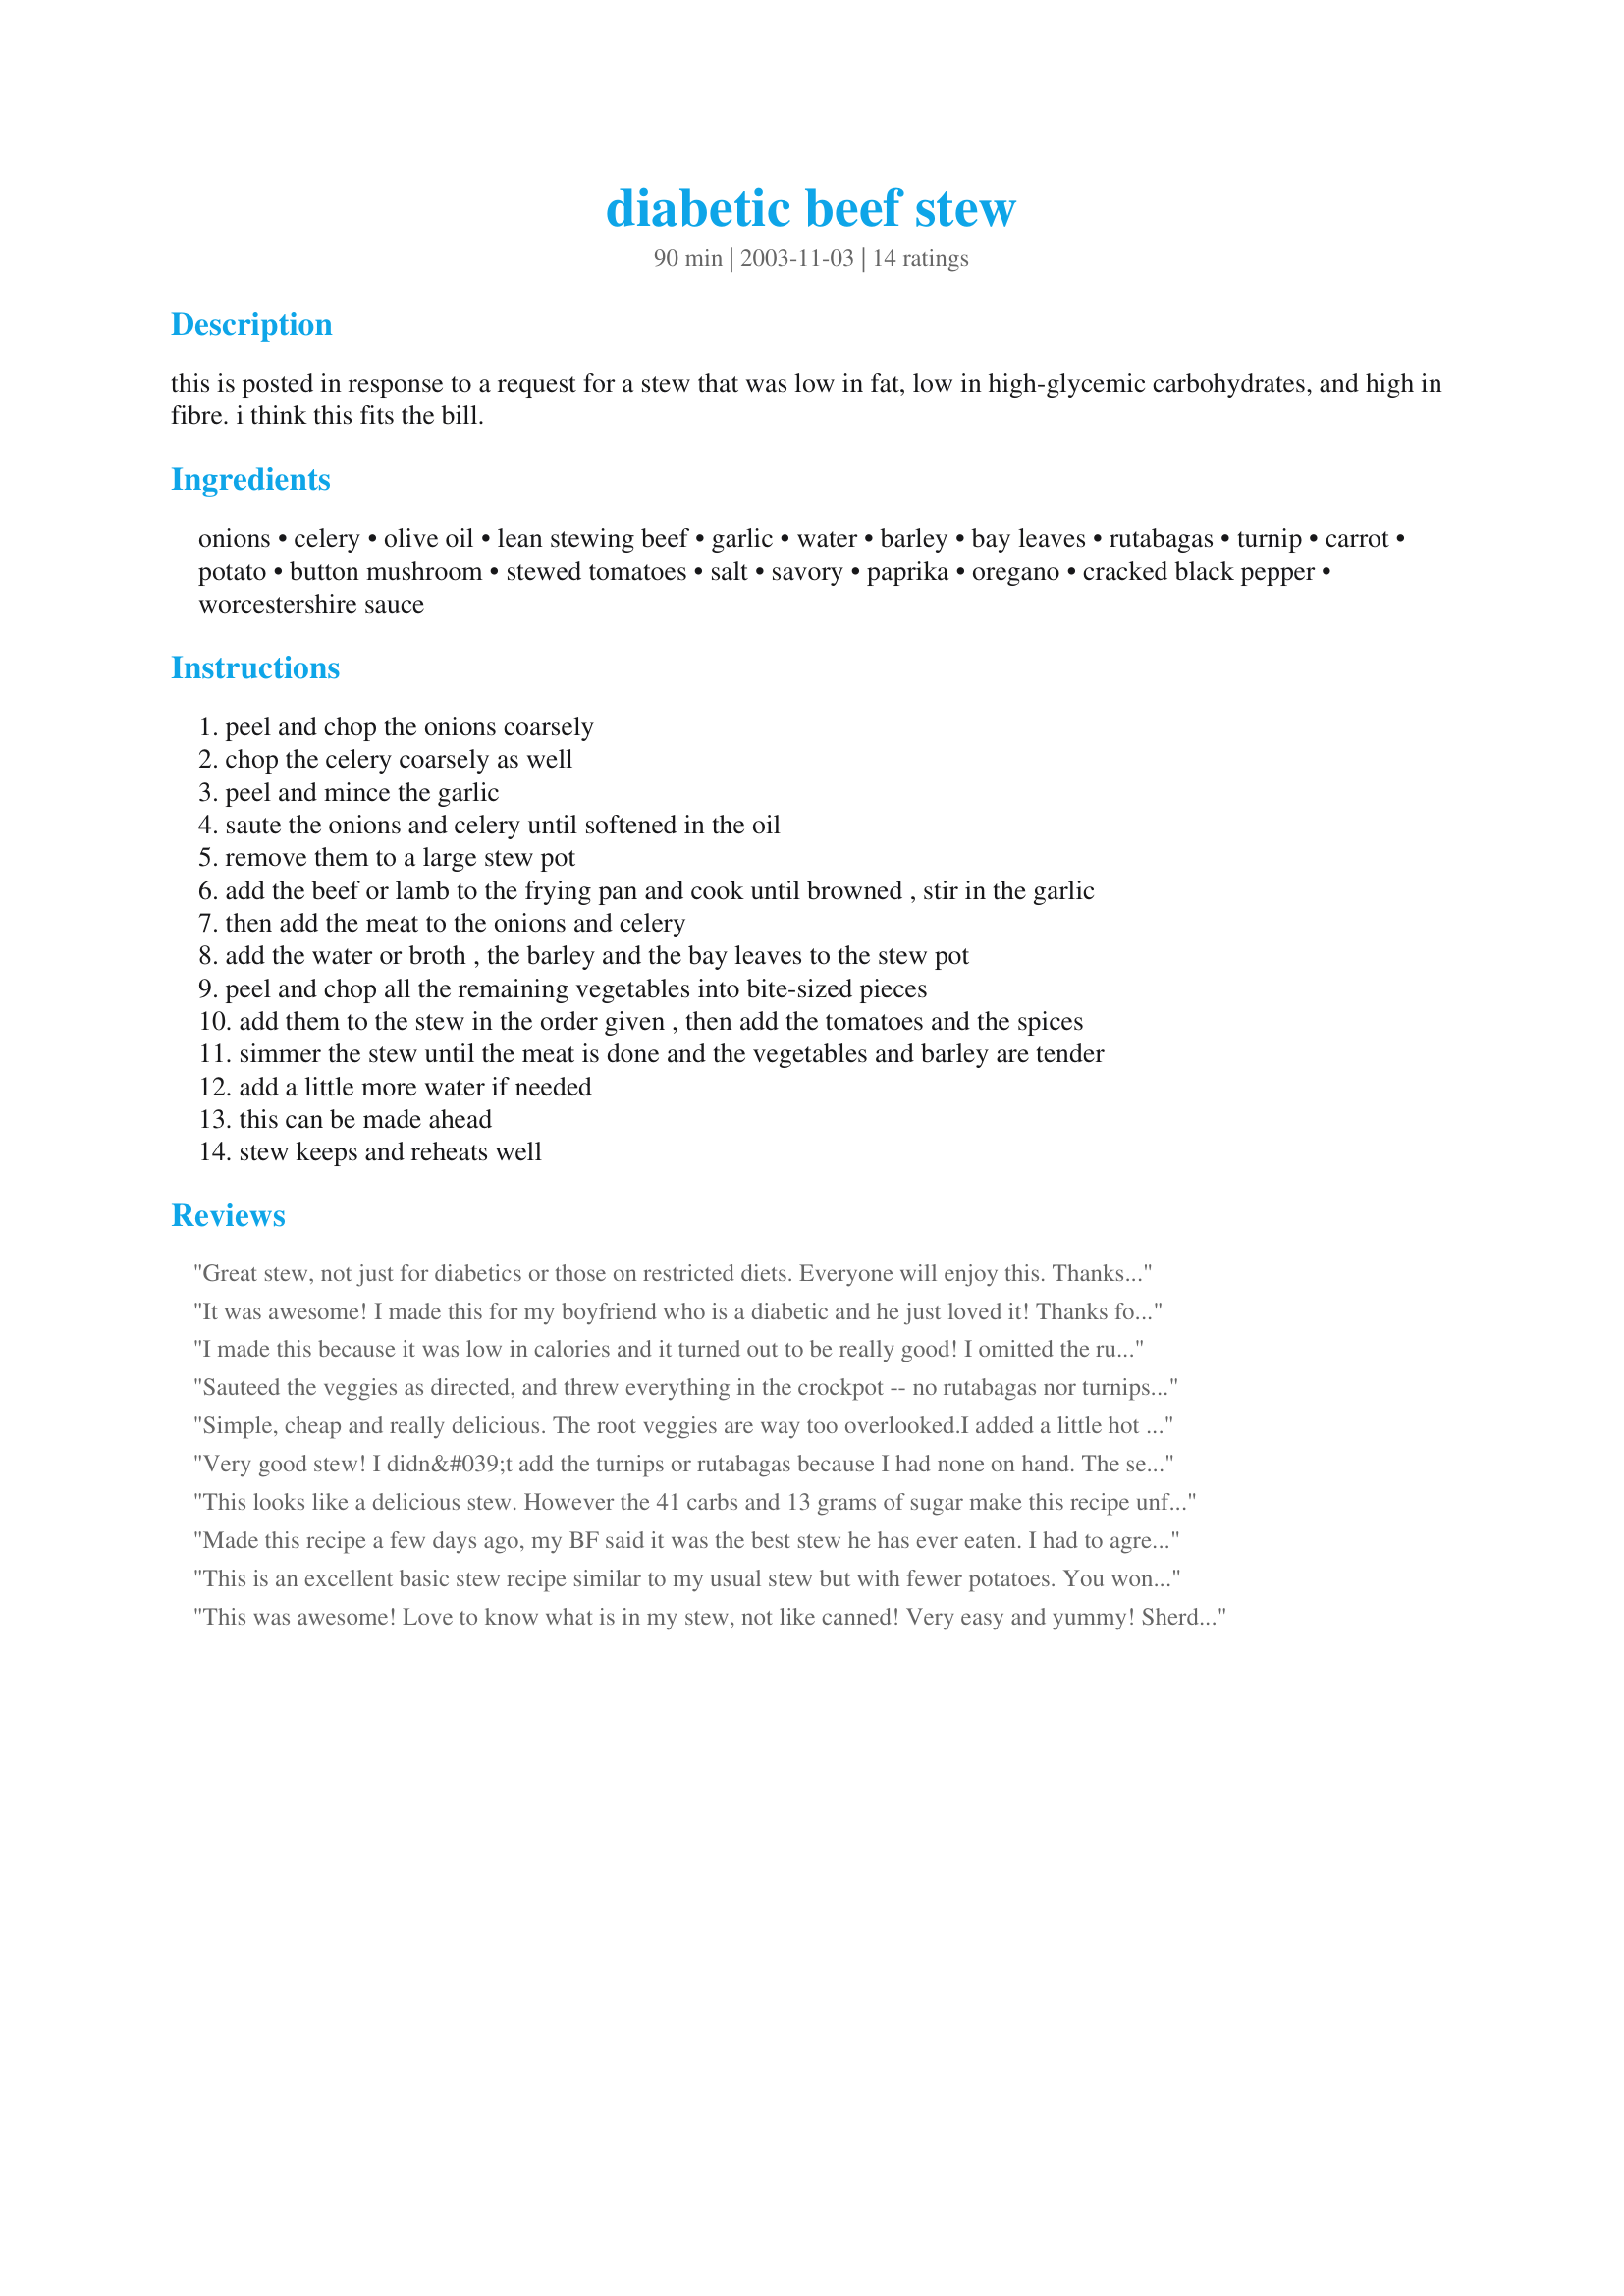
diabetic beef stew
Preparation time: 90 minutes

this is posted in response to a request for a stew that was low in fat, low in high-glycemic carbohydrates, and high in fibre. i think this fits the bill.

Ingredients:
onions, celery, olive oil, lean stewing beef, garlic, water, barley, bay leaves, rutabagas, turnip, carrot, potato, button mushroom, stewed tomatoes, salt, savory, paprika, oregano, cracked black pepper, worcestershire sauce

Steps:
peel and chop the onions coarsely
chop the celery coarsely as well
peel and mince the garlic
saute the onions and celery until softened in the oil
remove them to a large stew pot
add the beef or lamb to the frying pan and cook until browned , stir in the garlic
then add the meat to the onions and celery
add the water or broth , the barley and the bay leaves to the stew pot
peel and chop all the remaining vegetables into bite-sized pieces
add them to the stew in the order given , then add the tomatoes and the spices
simmer the stew until the meat is done and the vegetables and barley are tender
add a little more water if needed
this can be made ahead
stew keeps and reheats well

Reviews:
Great stew, not just for diabetics or those on restricted diets. Everyone will enjoy this. Thanks for posting Jenny.
It was awesome! I made this for my boyfriend who is a diabetic and he just loved it! Thanks for the recipe!
I made this because it was low in calories and it turned out to be really good! I omitted the rutabaga and potato, because I did not have any, but I used the white turnips. Leftovers are great, also. Thanks, Jenny, for the good recipe that I will use again.
Sauteed the veggies as directed, and threw everything in the crockpot -- no rutabagas nor turnips. Did add a tad of flour to the browning beef. Left it in the crockpot for 8 hours -- most on High. was tasty enough, but not outstanding. Thanks for posting, Jenny.
Simple, cheap and really delicious. The root veggies are way too overlooked.I added a little hot peppers and red wine for spice.
Very good stew! I didn&#039;t add the turnips or rutabagas because I had none on hand. The seasonings were just perfect. Thank you for posting this good recipe.
This looks like a delicious stew. However the 41 carbs and 13 grams of sugar make this recipe unfit for diabetics. Please keep this in mind for those with serious diabetic health or pregnancy issues. Again, the ingredients look savory and delicious, just not something for people keeping tabs on their sugar intake.
Made this recipe a few days ago, my BF said it was the best stew he has ever eaten. I had to agree, it was thick and rich and oh so good. I will be making this one again.
This is an excellent basic stew recipe similar to my usual stew but with fewer potatoes. You won't miss the potatoes because of the turnip, rutabaga, and barley.

I followed the recipe fairly closely with the exception of using 2 small cans of tomatoes instead of one large one. That made it a bit more tomatoey but still excellent. Also, because I was using left-over lamb roast, I waited until the veges were tender before adding the meat and herbs. That way the meat didn't get overcooked, and the herbs were more flavorful. I don't think that did any damage to the flavor, even though I gave up the pan scrapings that would have been there from browning the meat.
I used homemade chicken broth, and it really was fabulous, so I highly recommend broth instead of water. Beef broth would be good too, I'm sure, as that's usually what I use when I make stew.
I only gave it 4 stars because, well, it's just stew. It's good, but doesn't really send my taste buds to heaven. It's just too healthy for that:)
This was awesome! Love to know what is in my stew, not like canned! Very easy and yummy!

Sherdabear
I tried this recipe and loved it. My hubby and I both have high blood pressue so I simply substituted salt free tomatoes. I did add a half-cup of burgandy to the stew. 
Everyone loved the stew. 
Thanks.
We very much enjoyed this stew. I used two 14oz cans of stewed tomatoes, as I could not find a 19oz can, but otherwise made the recipe as written. It made us 6 very generous servings.
This stew is delicious and have served it to company and they have stated it is the best stew they have ever eaten.
Turned out wonderfully. Filled my largest crock pot to the rim. Looked watery at first but thickened to just the right consistency after several hours. I used beef broth and not as much turnip/rutabaga. My five kids all ate it, even the picky eaters. That says alot!
